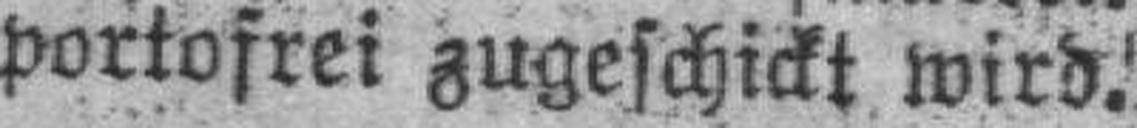
portofrei zugeschickt wird.